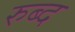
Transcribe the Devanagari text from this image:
रुब्द